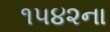
૧૫૪૨ના